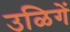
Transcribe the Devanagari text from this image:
उळिगें